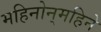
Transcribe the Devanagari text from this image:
महिनोन्‌महिने